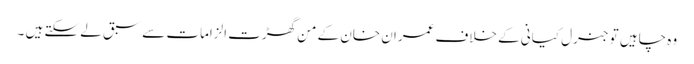
وہ چاہیں تو جنرل کیانی کے خلاف عمران خان کے من گھڑت الزامات سے سبق لے سکتے ہیں ۔